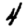
Digit: 4